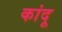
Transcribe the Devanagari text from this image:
कांदू